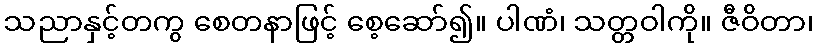
သညာနှင့်တကွ စေတနာဖြင့် စေ့ဆော်၍။ ပါဏံ၊ သတ္တဝါကို။ ဇီဝိတာ၊